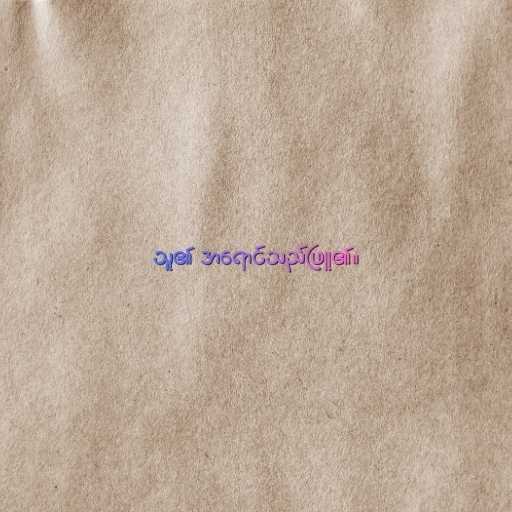
သူ၏ အရောင်သည်ဖြူ၏။